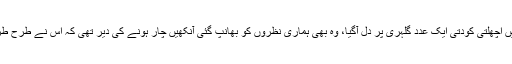
ہوا یوں کہ گھر کے بیک یارڈ میں اچھلتی کودتی ایک عدد گلہری پر دل آگیا، وہ بھی ہماری نظروں کو بھانپ گئی آنکھیں چار ہونے کی دیر تھی کہ اس نے طرح طرح کی ادائیں دکھا کر دل موہ لیا۔